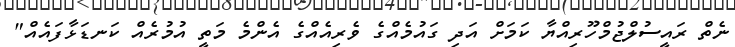
ނެތް ރައީސުލްޖުމްހޫރިއްޔާ ކަމަށް އަދި ގައުމެއްގެ ވެރިއެއްގެ އެންމެ މަތީ އުމުރެއް ކަނޑަޅާފައެއް"